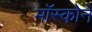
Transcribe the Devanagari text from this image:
मॉस्कोने